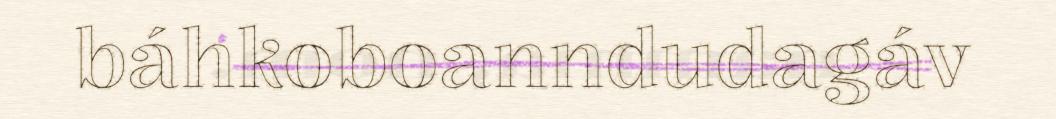
báhkoboanndudagáv